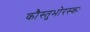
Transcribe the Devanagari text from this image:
कौस्तुभोरस्कः